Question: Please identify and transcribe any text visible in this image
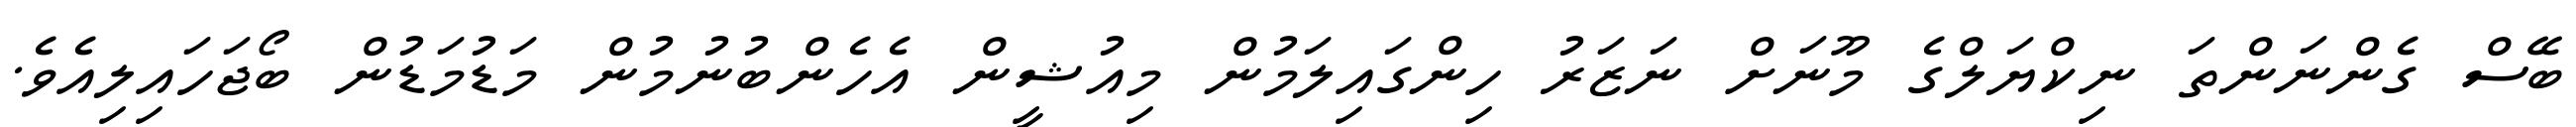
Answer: ބޭސް ގެންނަންތަ ނިކްޔަލްގެ މޫނަށް ނަޒަރު ހިންގައިލަމުން މިއުޝީން އެހެންބުނުމުން މަޑުމަޑުން ބޯޖަހައިލިއެވެ.